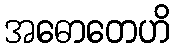
အဓောတေဟိ